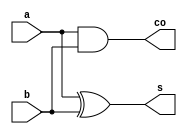
/*****************************************************
*  
*  Last Modify : 2019-08-01
*  Purpose     :
*
*****************************************************/

`timescale 1ns/1ps

module half_adder(input   wire a,
                  input   wire b,
		  output  wire s,
		  output  wire co);

  assign s  = a ^ b;
  assign co = a & b;
endmodule